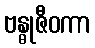
ဗန္ဓုဇီဝကာ